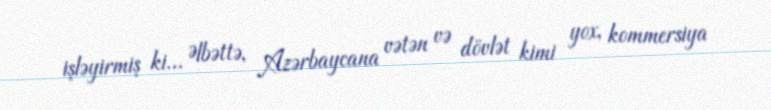
işləyirmiş ki... Əlbəttə, Azərbaycana vətən və dövlət kimi yox, kommersiya